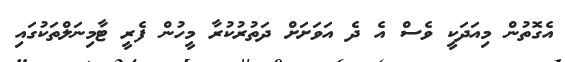
އެގޮތުން މިއަދަކީ ވެސް އެ ދެ އަވަށަށް ދަތުރުކުރާ މީހުން ފެރީ ޓާމިނަލްތަކުގައި